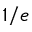
1 / e